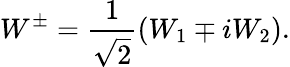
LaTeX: W^{\pm}={\frac{1}{\sqrt{2}}}(W_{1}\mp iW_{2}).